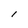
Character: l